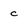
Character: c